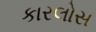
કારલોસ